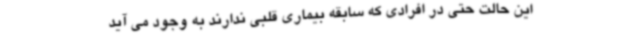
این حالت حتی در افرادی که سابقه بیماری قلبی ندارند به وجود می آید